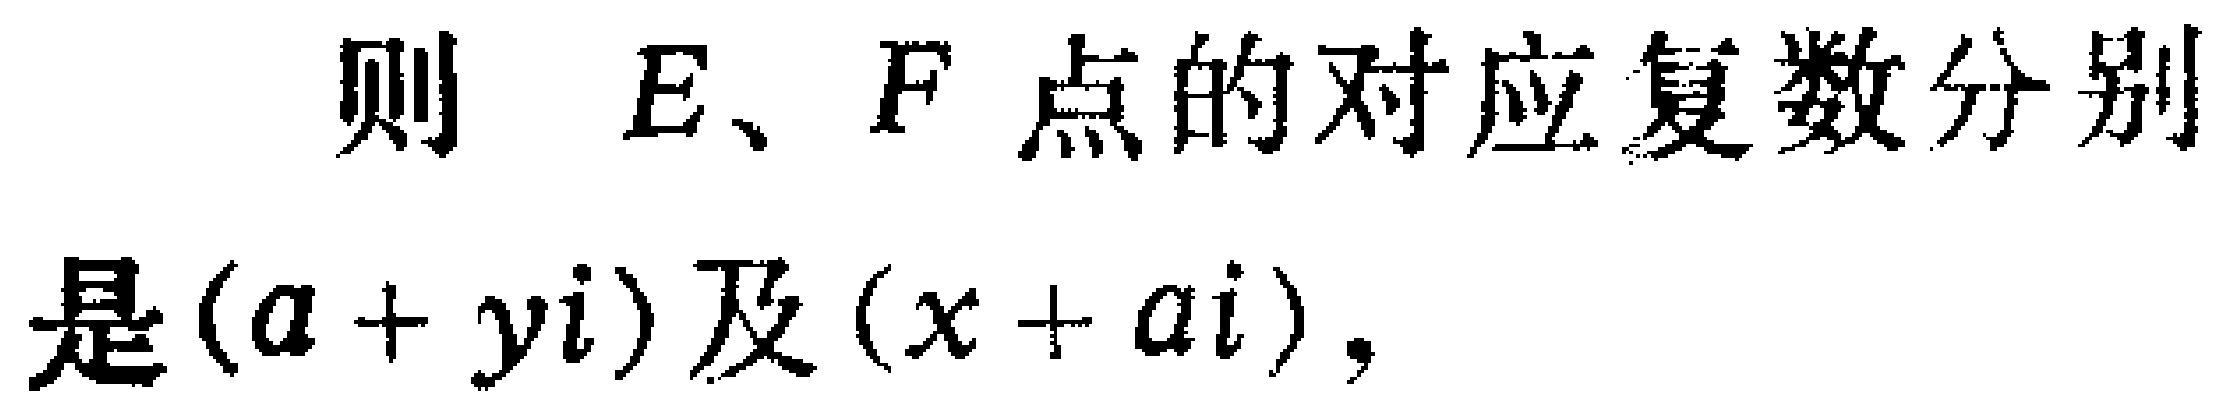
则 \(E、F\) 点的对应复数分别是\((a + yi)\)及\((x + ai)\)，